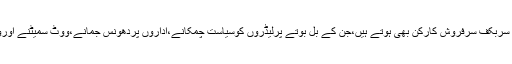
ایسے ہی لاعلم ہرجماعت کے وہ سربکف سرفروش کارکن بھی ہوتے ہیں،جن کے بل بوتے پرلیڈروں کوسیاست چمکانے،اداروں پردھونس جمانے،ووٹ سمیٹنے اورووٹ بچانے کے مواقع ملتے ہیں۔